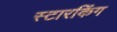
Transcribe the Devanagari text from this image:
स्‍टारकिंग